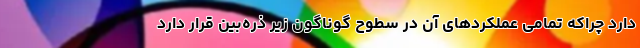
دارد چراکه تمامی عملکردهای آن در سطوح گوناگون زیر ذره‌بین قرار دارد